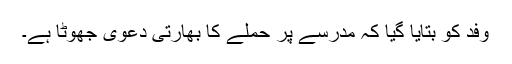
وفد کو بتایا گیا کہ مدرسے پر حملے کا بھارتی دعویٰ جھوٹا ہے۔